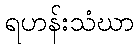
ရဟန်းသံဃာ